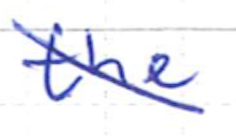
Text: the
Cross-out: mix
Writing tool: ballpoint